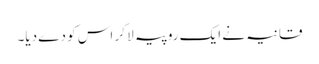
قانیہ نے ایک روپیہ لا کر اس کو دے دیا۔